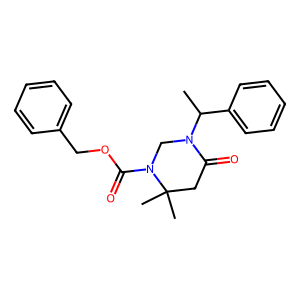
SMILES: CC(c1ccccc1)N1CN(C(=O)OCc2ccccc2)C(C)(C)CC1=O
Inhibits HIV replication: No